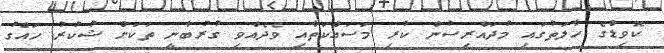
ކޮވިޑްގެ ހާލަތުގައި މުދައްރިސުން ކުރި މަސައްކަތާއި ވެދެއްވި ގުރުބާނީ ތަކަށް ޝުކުރު ހައްގު